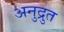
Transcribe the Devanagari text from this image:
अनुद्रुत